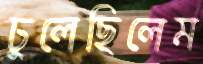
ঢুলেছিলেম